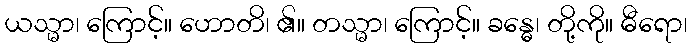
ယသ္မာ၊ ကြောင့်။ ဟောတိ၊ ၏။ တသ္မာ၊ ကြောင့်။ ခန္ဓေ၊ တို့ကို။ ဓီရော၊